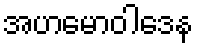
အဟမောဝါဒေန